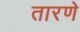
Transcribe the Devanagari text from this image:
तारणे